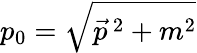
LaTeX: p_{0}=\sqrt{{\vec{p}}^{\, 2}+m^{2}}